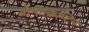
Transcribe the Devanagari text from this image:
ब्रोमोक्रिप्टिन